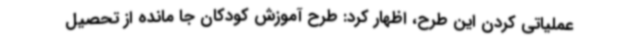
عملیاتی کردن این طرح، اظهار کرد: طرح آموزش کودکان جا مانده از تحصیل